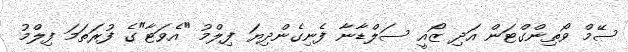
ސޭމް ވޯތިންގްޓަން އަދި ޒޯއީ ސަލްޑާނާ ފެނިގެންދިޔަ ފިލްމު "އެވަޓާ"ގެ ފުރަތަމަ ފިލްމު